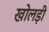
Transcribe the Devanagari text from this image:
खोलड़ी